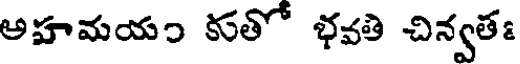
అహమయం కుతో భవతి చిన్వతః